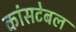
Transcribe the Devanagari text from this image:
कांसटेबल